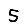
Digit: 5